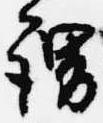
謂